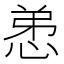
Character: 𢚖